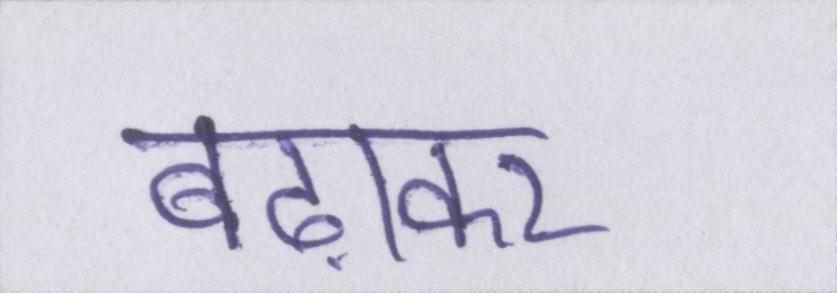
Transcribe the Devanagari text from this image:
बढ़ाकर